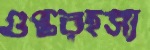
গুপ্তরহস্য